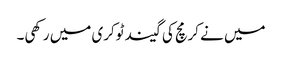
میں نے کرمچ کی گیند ٹوکری میں رکھی۔